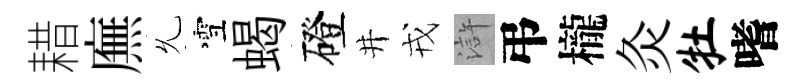
耤廡𠃔雪蝎磴井戎滸弔櫳灸牡嗜